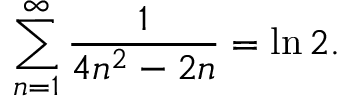
\sum _ { n = 1 } ^ { \infty } { \frac { 1 } { 4 n ^ { 2 } - 2 n } } = \ln 2 .